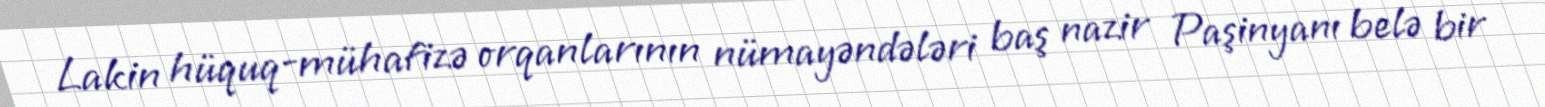
Lakin hüquq-mühafizə orqanlarının nümayəndələri baş nazir Paşinyanı belə bir